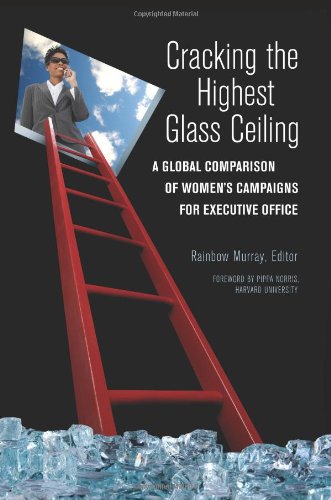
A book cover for Cracking the Highest Glass Ceiling: A Global Comparison of Women's Campaigns for Executive Office (Women and Minorities in Politics); Business & Money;